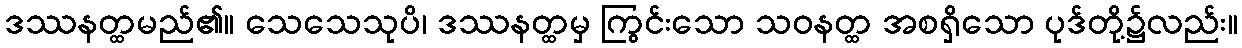
ဒဿနတ္ထမည်၏။ သေသေသုပိ၊ ဒဿနတ္ထမှ ကြွင်းသော သဝနတ္ထ အစရှိသော ပုဒ်တို့၌လည်း။